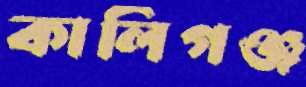
কালিগঞ্জ